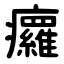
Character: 㿚